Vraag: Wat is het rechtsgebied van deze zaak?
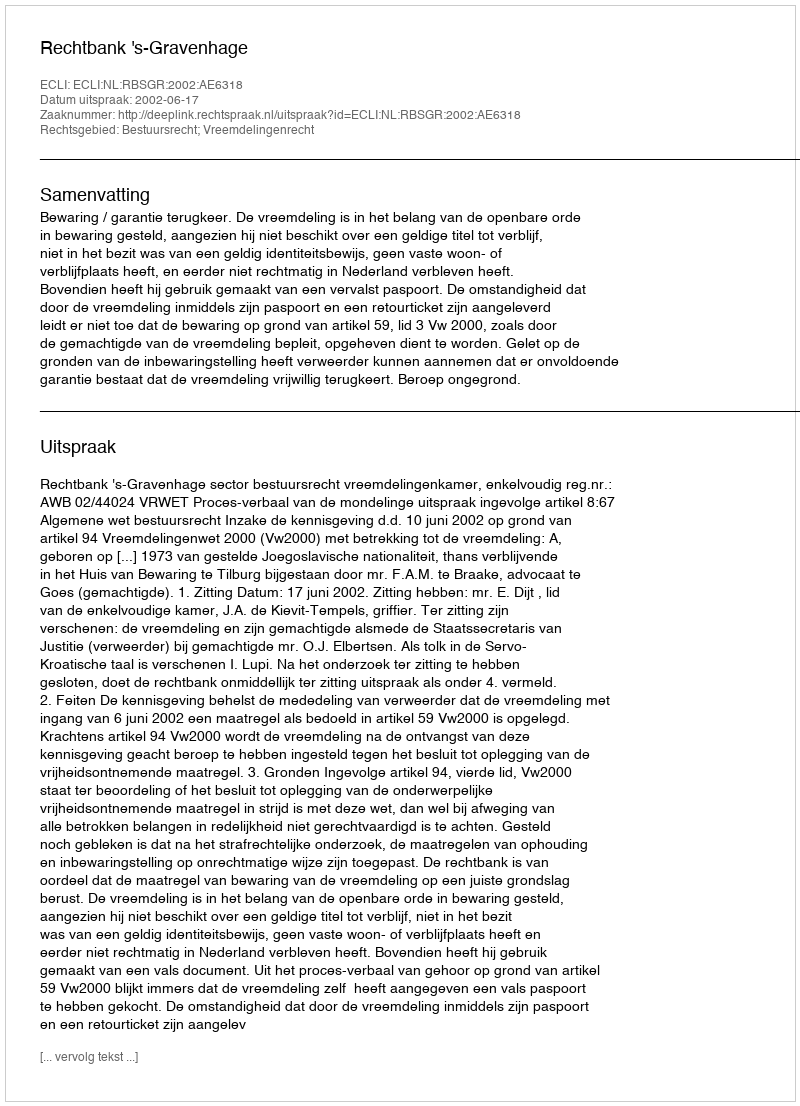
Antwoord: Bestuursrecht; Vreemdelingenrecht